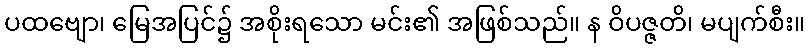
ပထဗျော၊ မြေအပြင်၌ အစိုးရသော မင်း၏ အဖြစ်သည်။ န ဝိပဇ္ဇတိ၊ မပျက်စီး။